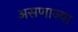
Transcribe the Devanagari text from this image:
असणाज्या